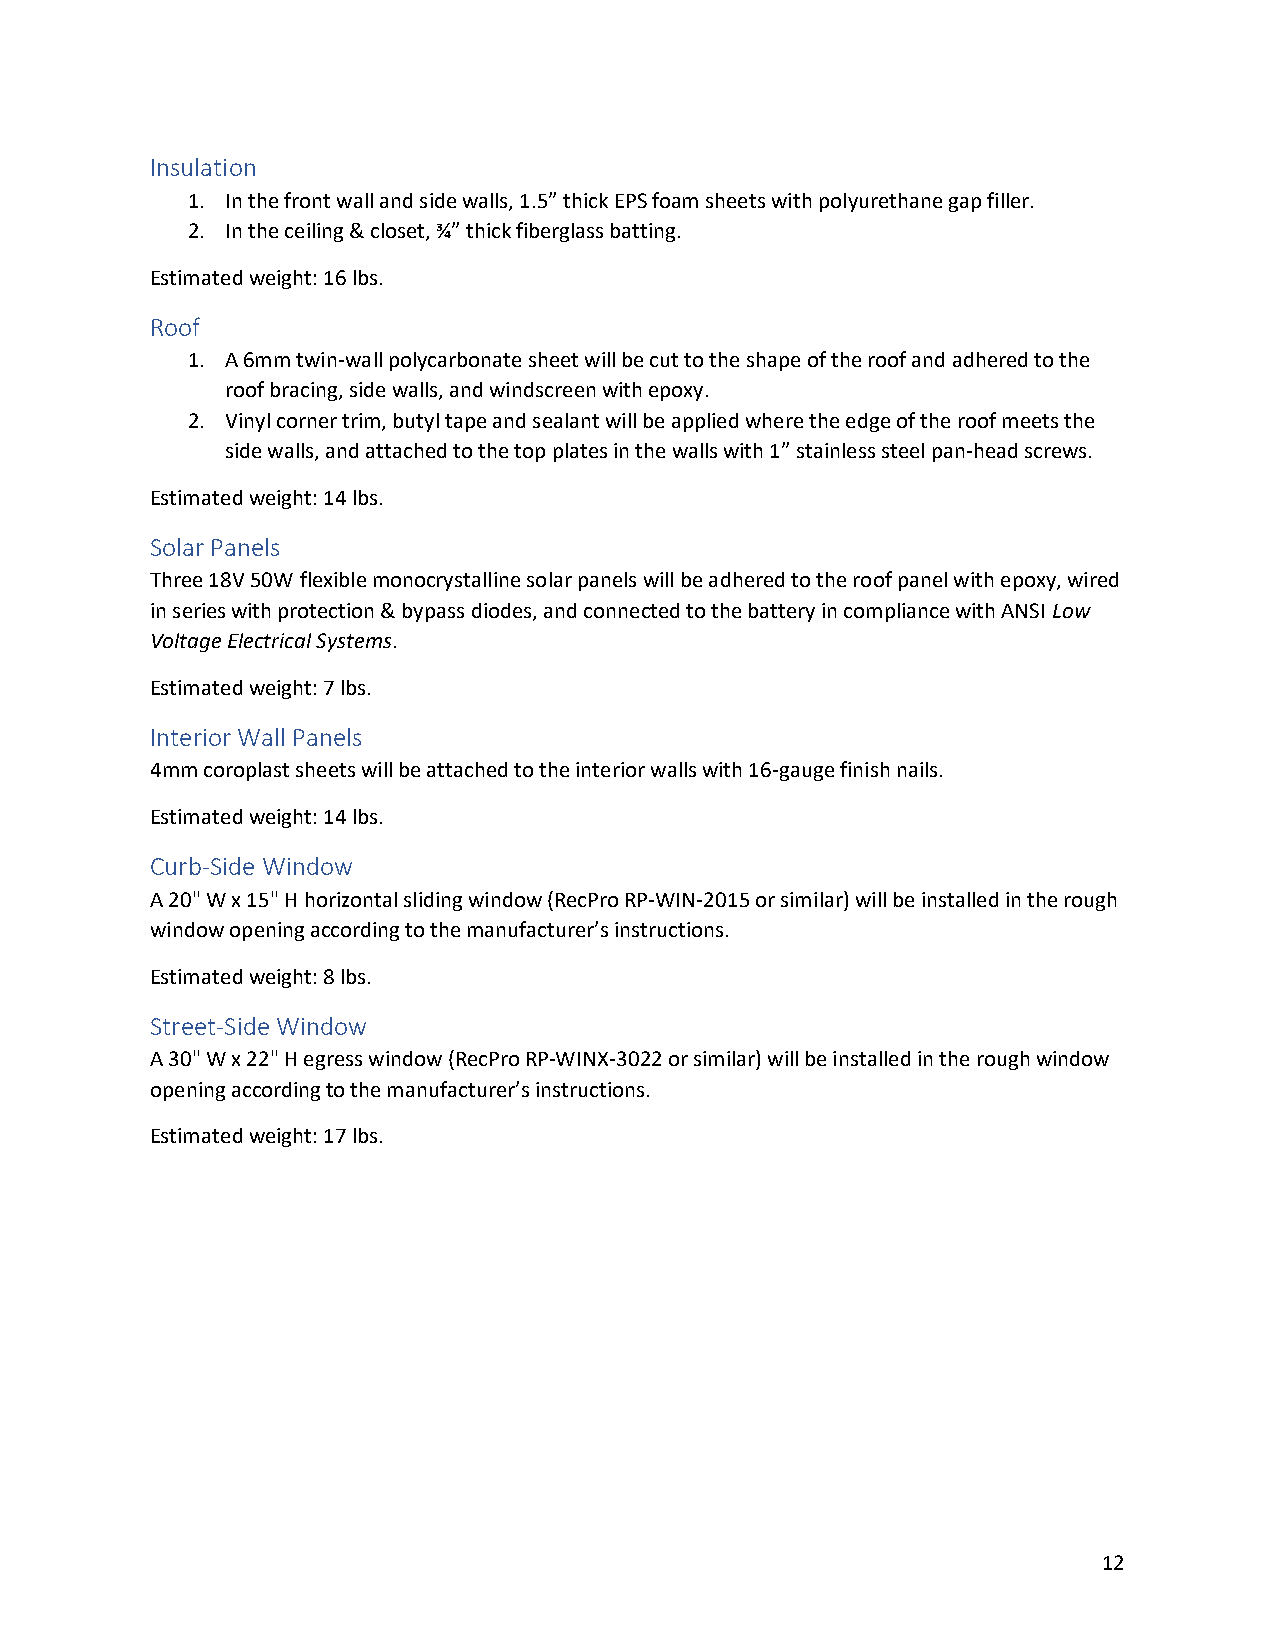
Insulation
 1. In the front wall and side walls, 1.5” thick EPS foam sheets with polyurethane gap filler.
 2. In the ceiling & closet, ¾” thick fiberglass batting.
 Estimated weight: 16 lbs.
 Roof
 1. A 6mm twin-wall polycarbonate sheet will be cut to the shape of the roof and adhered to the
 roof bracing, side walls, and windscreen with epoxy.
 2. Vinyl corner trim, butyl tape and sealant will be applied where the edge of the roof meets the
 side walls, and attached to the top plates in the walls with 1” stainless steel pan-head screws.
 Estimated weight: 14 lbs.
 Solar Panels
 Three 18V 50W flexible monocrystalline solar panels will be adhered to the roof panel with epoxy, wired
 in series with protection & bypass diodes, and connected to the battery in compliance with ANSI Low
 Voltage Electrical Systems.
 Estimated weight: 7 lbs.
 Interior Wall Panels
 4mm coroplast sheets will be attached to the interior walls with 16-gauge finish nails.
 Estimated weight: 14 lbs.
 Curb-Side Window
 A 20" W x 15" H horizontal sliding window (RecPro RP-WIN-2015 or similar) will be installed in the rough
 window opening according to the manufacturer’s instructions.
 Estimated weight: 8 lbs.
 Street-Side Window
 A 30" W x 22" H egress window (RecPro RP-WINX-3022 or similar) will be installed in the rough window
 opening according to the manufacturer’s instructions.
 Estimated weight: 17 lbs.
 12